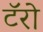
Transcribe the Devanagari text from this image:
टॅरो